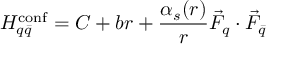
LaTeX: H _ { q \bar { q } } ^ { \mathrm { c o n f } } = C + b r + { \frac { \alpha _ { s } ( r ) } { r } } \vec { F } _ { q } \cdot \vec { F } _ { \bar { q } }